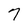
Character: 7